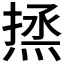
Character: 𰞼